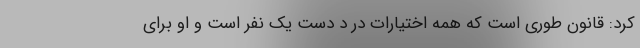
کرد: قانون طوری است که همه اختیارات در د دست یک نفر است و او برای